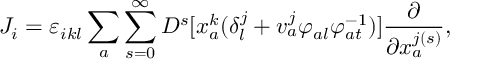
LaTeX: { \cal J } _ { i } = \varepsilon _ { i k l } \sum _ { a } \sum _ { s = 0 } ^ { \infty } D ^ { s } [ x _ { a } ^ { k } ( \delta _ { l } ^ { j } + v _ { a } ^ { j } \varphi _ { a l } \varphi _ { a t } ^ { - 1 } ) ] \frac { \partial } { \partial x _ { a } ^ { j ( s ) } } ,